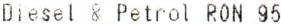
DIESEL & PETROL RON 95